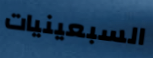
السبعينيات